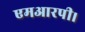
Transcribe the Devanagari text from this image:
एमआरपी।